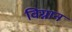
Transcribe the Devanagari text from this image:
विग्नान